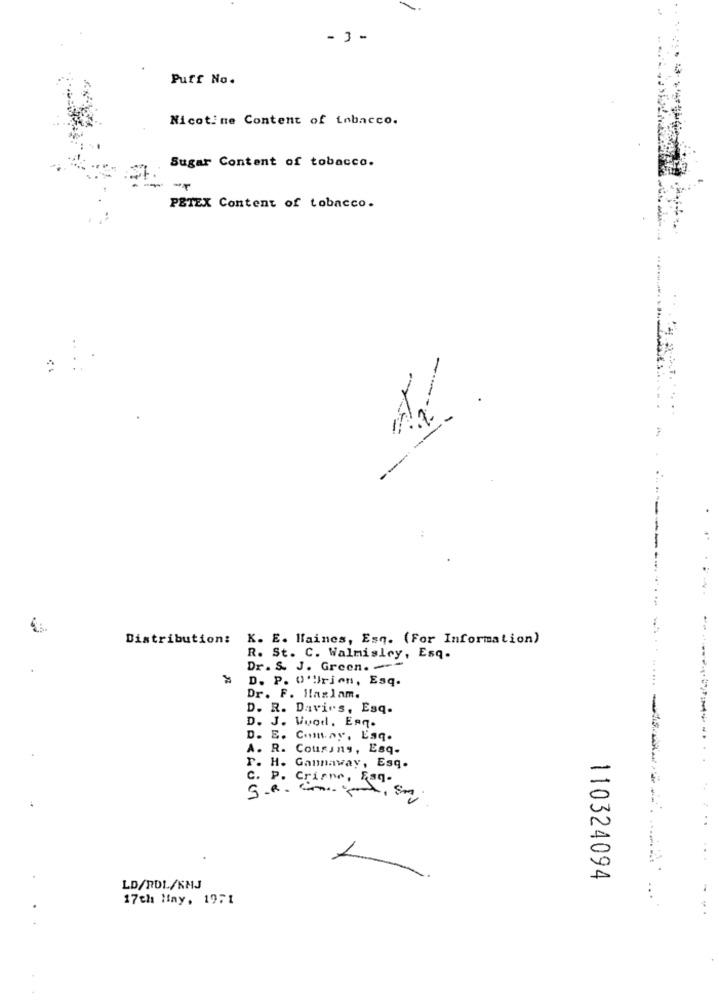
- 3-
Puff No.
Nicotine Content of tobacco.
Sugar Content of tobacco.
PETEX Content of tobacco.
Distribution: K. E. Haines, Esq. (For Information)
R. St. C. Walmisley, Esq.
Dr. S. J. Green. -
D. P. O'Urien, Esq.
Dr. F. Ilanlam.
D. R. Davirs, Esq.
D. J. Wood, Esq.
D. E. Comtay, Esq.
A. R. Cousiny, Esq-
r. H. Gannaway, Esq.
C. P. Crisne, Fag-
110324094
LD/RDL/KMJ
17th May. 1971